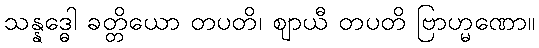
သန္နဒ္ဓေါ ခတ္တိယော တပတိ၊ ဈာယီ တပတိ ဗြာဟ္မဏော။